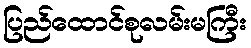
ပြည်ထောင်စုလမ်းမကြီး